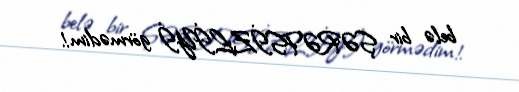
belə bir ŞƏRƏFSİZLİYİ görmədim!.